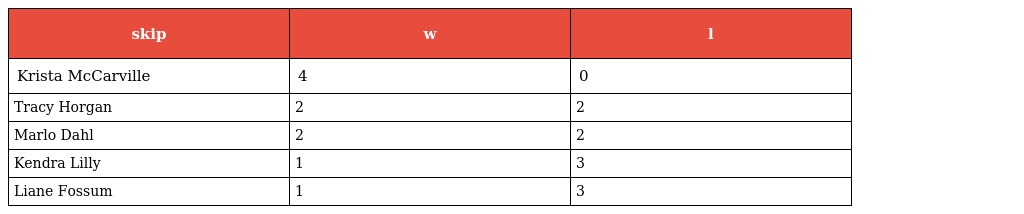
| skip | w | l |
 | --- | --- | --- |
 | Krista McCarville | 4 | 0 |
 | Tracy Horgan | 2 | 2 |
 | Marlo Dahl | 2 | 2 |
 | Kendra Lilly | 1 | 3 |
 | Liane Fossum | 1 | 3 |